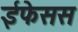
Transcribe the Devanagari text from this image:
ईफेसस